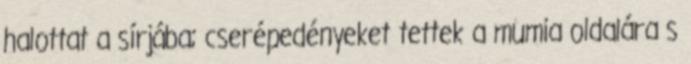
halottat a sírjába; cserépedényeket tettek a mumia oldalára s